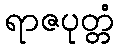
ရာဇပုတ္တံ